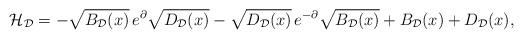
LaTeX: \begin{align*} \mathcal{H}_{\mathcal{D}} =-\sqrt{B_{\mathcal{D}}(x)}\,e^{\partial}\sqrt{D_{\mathcal{D}}(x)} -\sqrt{D_{\mathcal{D}}(x)}\,e^{-\partial}\sqrt{B_{\mathcal{D}}(x)} +B_{\mathcal{D}}(x)+D_{\mathcal{D}}(x), \end{align*}